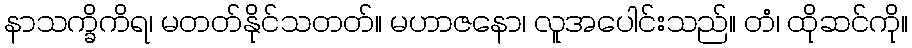
နာသက္ခိကိရ၊ မတတ်နိုင်သတတ်။ မဟာဇနော၊ လူအပေါင်းသည်။ တံ၊ ထိုဆင်ကို။